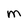
Character: M